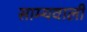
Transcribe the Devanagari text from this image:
साम्यवाली